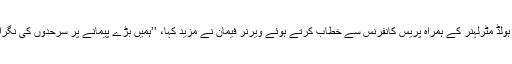
نائب چانسلر رائن ہولڈ مٹرلہنر کے ہمراہ پريس کانفرنس سے خطاب کرتے ہوئے ويرنر فيمان نے مزيد کہا، ’’ہميں بڑے پيمانے پر سرحدوں کی نگرانی بڑھانی ہو گی۔